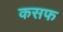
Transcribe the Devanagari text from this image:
कसफ